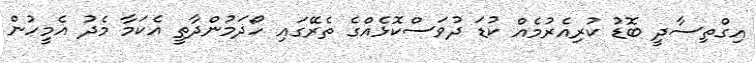
އިގްތިސާދީ ބޮޑު ކުރިއެރުމެއް ކުޑަ ދުވަސްކޮޅެއްގެ ތެރޭގައި ހޯދަމުންދާތީ އެކަމާ މެދު އެމީހުން